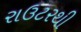
રાઉટરથી